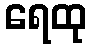
ရေထု